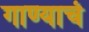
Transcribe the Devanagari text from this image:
गाण्याचं